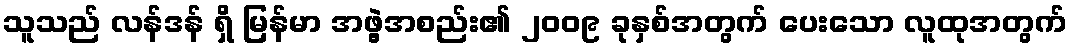
သူသည် လန်ဒန် ရှိ မြန်မာ အဖွဲ့အစည်း၏ ၂၀၀၉ ခုနှစ်အတွက် ပေးသော လူထုအတွက်